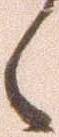
々